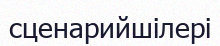
сценарийшілері